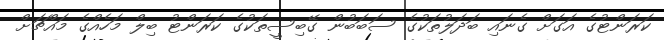
ކަރަންޓުގެ އަގަށް ގެނައި ބަދަލުތަކުގެ ސަބަބުން ގޭބިސީތަކުގެ ކަރަންޓު ބިލް މަހެއްގެ މައްޗަށް